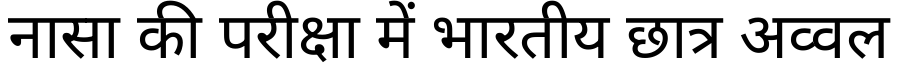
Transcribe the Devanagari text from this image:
नासा की परीक्षा में भारतीय छात्र अव्वल